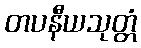
တပနီယသုတ္တံ